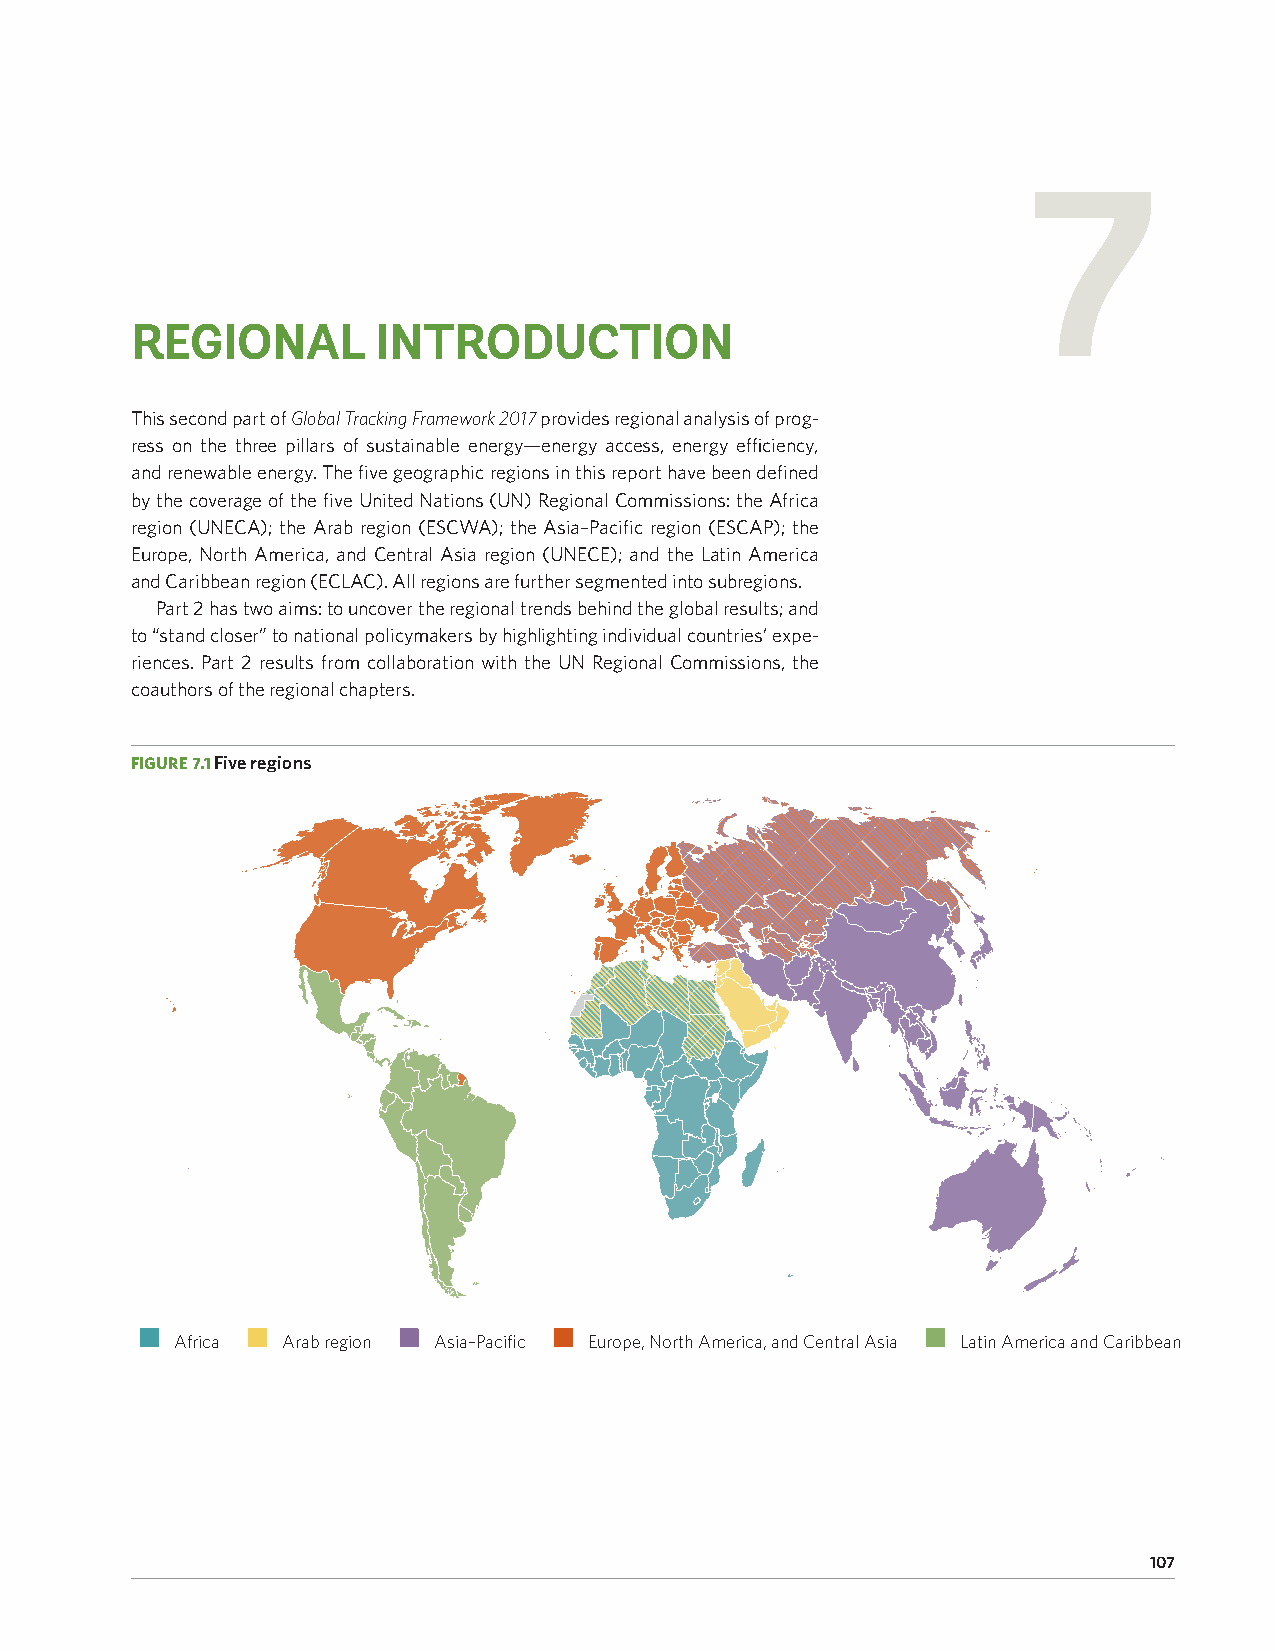
7
 REGIONAL        INTRODUCTION
 This second part of Global Tracking Framework 2017 provides regional analysis of prog-
 ress on the three pillars of sustainable energy—energy access, energy efficiency,
 and renewable energy. The five geographic regions in this report have been defined
 by the coverage of the five United Nations (UN) Regional Commissions: the Africa
 region (UNECA); the Arab region (ESCWA); the Asia–Pacific region (ESCAP); the
 Europe, North America, and Central Asia region (UNECE); and the Latin America
 and Caribbean region (ECLAC). All regions are further segmented into subregions.
 Part 2 has two aims: to uncover the regional trends behind the global results; and
 to “stand closer” to national policymakers by highlighting individual countries’ expe-
 riences. Part 2 results from collaboration with the UN Regional Commissions, the
 coauthors of the regional chapters.
 FIGURE 7.1 Five regions
 Africa Arab region Asia–Pacific Europe, North America, and Central Asia Latin America and Caribbean
 107